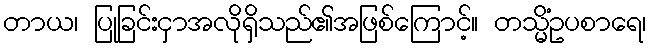
တာယ၊ ပြုခြင်းငှာအလိုရှိသည်၏အဖြစ်ကြောင့်။ တသ္မိံဥပစာရေ၊